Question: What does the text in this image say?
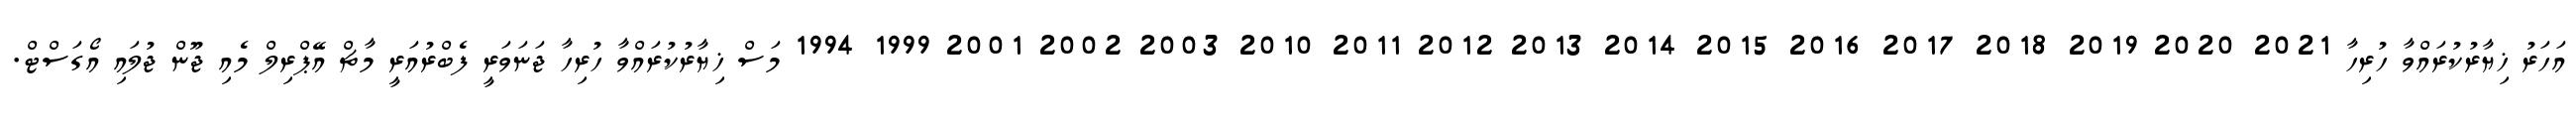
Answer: އަހަރު ޚިޔާރުކުރައްވާ ހުރިހާ 2021 2020 2019 2018 2017 2016 2015 2014 2013 2012 2011 2010 2003 2002 2001 1999 1994 މަސް ޚިޔާރުކުރައްވާ ހުރިހާ ޖަނަވަރީ ފެބްރުއަރީ މާޗް އޭޕްރިލް މެއި ޖޫން ޖުލައި އޯގަސްޓް.